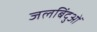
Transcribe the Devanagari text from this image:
जलबिंदुओं